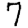
Digit: 7